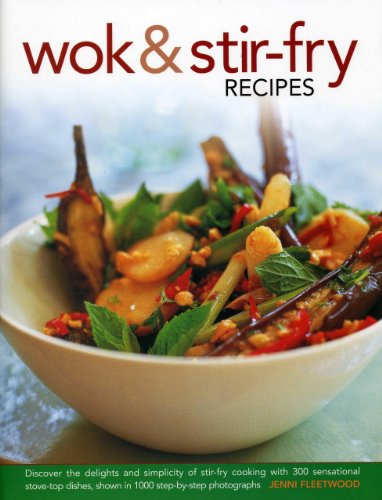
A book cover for Wok & Stir-Fry Recipes: Discover The Delights And Simplicity Of Stir-Fry Cooking With 300 Sensational Stove-Top Dishes, Shown In 1000 Step-By-Step Photographs; Jenni Fleetwood; Cookbooks, Food & Wine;